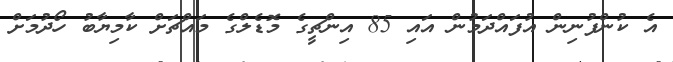
އެ ކުންފުނިން އުފައްދަމުން އައި 85 އިންޗީގެ މޮޑެލްގެ މައްޗަށް ކާމިޔާބު ހޯދުމަށް